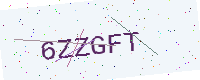
Text: 6ZZGFT